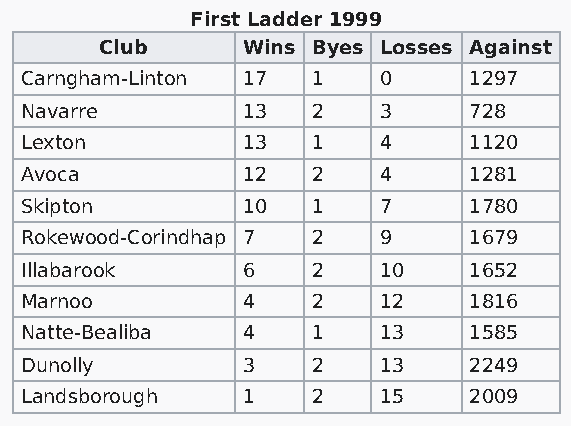
First Ladder 1999
 Club     Wins Byes Losses Against
 Carngham-Linton 17  1   0     1297
 Navarre        13   2   3     728
 Lexton         13   1   4     1120
 Avoca          12   2   4     1281
 Skipton        10   1   7     1780
 Rokewood-Corindhap 7 2  9     1679
 Illabarook     6    2   10    1652
 Marnoo         4    2   12    1816
 Natte-Bealiba  4    1   13    1585
 Dunolly        3    2   13    2249
 Landsborough   1    2   15    2009